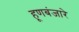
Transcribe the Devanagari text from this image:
हूणबंजारे